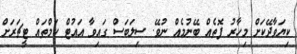
ކިޔަވާދޭކަށް މިހާރު ފޮތެއް ބޭނުމެއް ނުވޭ. ސިލަބަސް ގައިވާ އައުޓް ކަމްތައް ޓީޗަރަށް